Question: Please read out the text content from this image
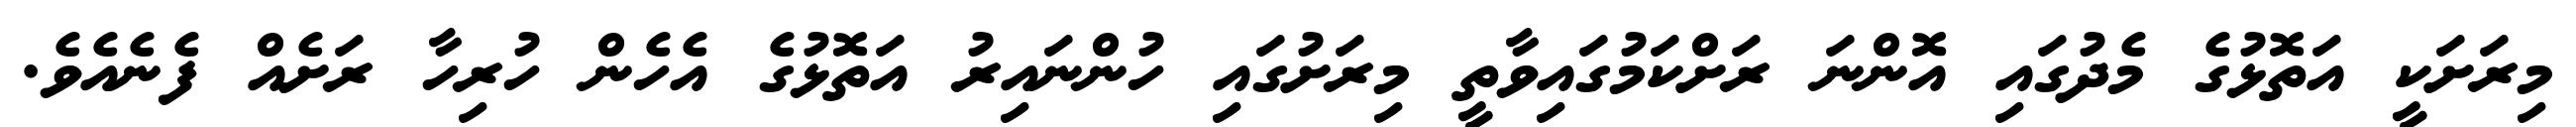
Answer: މިރަށަކީ އަތޮޅުގެ މެދުގައި އޮންނަ ރަށްކަމުގައިވާތީ މިރަށުގައި ހުންނައިރު އަތޮޅުގެ އެހެން ހުރިހާ ރަށެއް ފެނެއެވެ.